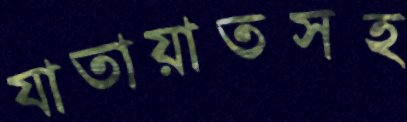
যাতায়াতসহ